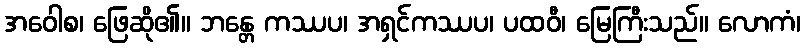
အဝေါစ၊ ဖြေဆို၏။ ဘန္တေ ကဿပ၊ အရှင်ကဿပ၊ ပထဝီ၊ မြေကြီးသည်။ လောကံ၊